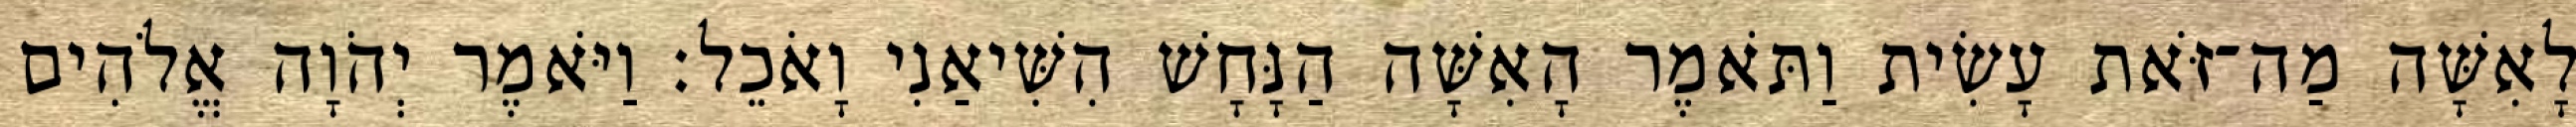
לָאִשָּׁה מַה־זֹּאת עָשִׂית וַתֹּאמֶר הָאִשָּׁה הַנָּחָשׁ הִשִּׁיאַנִי וָאֹכֵל׃ וַיֹּאמֶר יְהֹוָה אֱלֹהִים